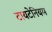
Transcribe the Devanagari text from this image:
टायटेनियम